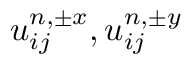
u _ { i j } ^ { n , \pm x } , u _ { i j } ^ { n , \pm y }